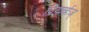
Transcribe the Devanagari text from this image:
प्रिझर्व्हज्